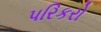
પરિકરો